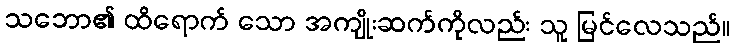
သဘော၏ ထိရောက် သော အကျိုးဆက်ကိုလည်း သူ မြင်လေသည်။